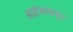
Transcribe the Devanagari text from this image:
अझ्टेकांपासून